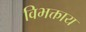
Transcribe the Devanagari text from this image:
विभक्ताय